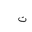
Letter: _ta